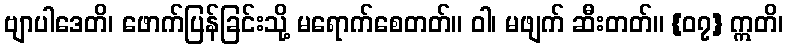
ဗျာပါဒေတိ၊ ဖောက်ပြန်ခြင်းသို့ မရောက်စေတတ်။ ဝါ၊ မဖျက် ဆီးတတ်။ {၀၇} ဣတိ၊